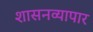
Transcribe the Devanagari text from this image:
शासनव्यापार